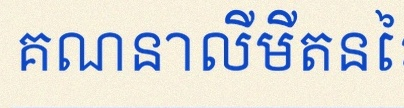
គណនាលីមីតនៃអនុគមន៍ខាងក្រោម